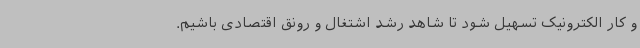
و کار الکترونیک تسهیل شود تا شاهد رشد اشتغال و رونق اقتصادی باشیم.